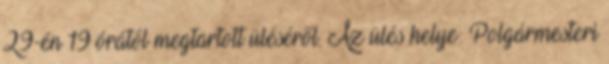
29-én 19 órától megtartott üléséről. Az ülés helye: Polgármesteri